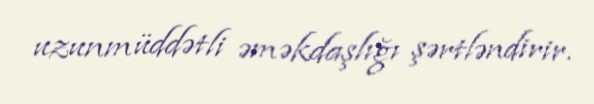
uzunmüddətli əməkdaşlığı şərtləndirir.